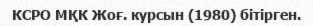
КСРО МҚК Жоғ. курсын (1980) бітірген.